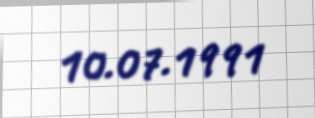
10.07.1991